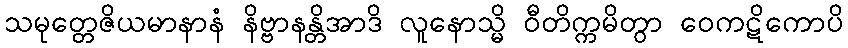
သမုတ္တေဇိယမာနာနံ နိဗ္ဗာနန္တိအာဒိ လူနောသ္မိ ဝီတိက္ကမိတွာ ဝေကဋိကောပိ